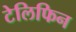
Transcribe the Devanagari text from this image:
टेलिफिन